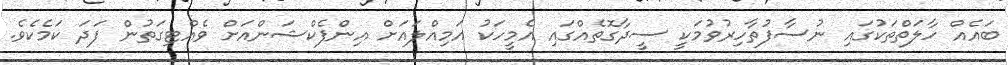
ބައެއް ހާލަތްތަކުގައި ނުސާފުތާހިރުވުމަކީ ސީދާގޮތެއްގައި އެމީހަކު އަމިއްލައަށް އިންފެކްޝަންއަށް ވެއްޓިގަތުން ފަދަ ކަމެކެވެ.